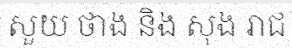
សួយ ថាង និង សុង រាជ